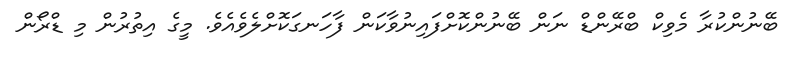
ބޭނުންކުރާ މެވިކް ބްރޭންޑް ނަން ބޭނުންކޮށްފައިނުވާކަން ފާހަނގަކޮށްލެވެއެވެ. މީގެ އިތުރުން މި ޑްރޯން